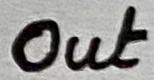
Text: Out